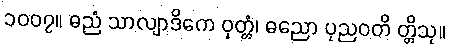
၁၀၀၇။ ဓညံ သာလျာဒိကေ ဝုတ္တံ၊ ဓညော ပုညဝတိ တ္တိသု။